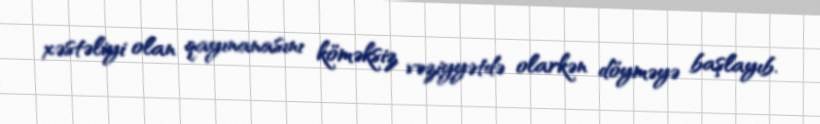
xəstəliyi olan qayınanasını köməksiz vəziyyətdə olarkən döyməyə başlayıb.